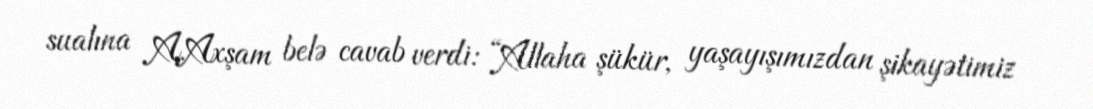
sualına A.Axşam belə cavab verdi: “Allaha şükür, yaşayışımızdan şikayətimiz